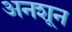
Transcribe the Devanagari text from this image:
अनशून